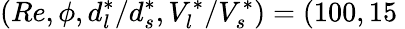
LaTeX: \left(Re,\phi,d_{l}^{*}/d_{s}^{*},V_{l}^{*}/V_{s}^{*}\right)=(100,15\